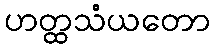
ဟတ္ထသံယတော